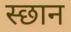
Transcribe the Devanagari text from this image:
स्छान